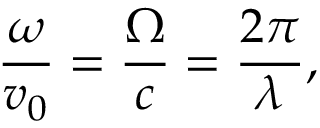
\frac { \omega } { v _ { 0 } } = \frac { \Omega } { c } = \frac { 2 \pi } { \lambda } ,